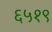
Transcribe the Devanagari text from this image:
६५१९